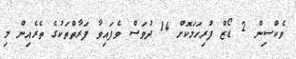
ވެކްސިން 2 ޑޯޒް ފުރިހަމަކޮށް 14 ދުވަސް ވެފައިވާ ފަރާތްތަކުގެ ތެރެއިން މި